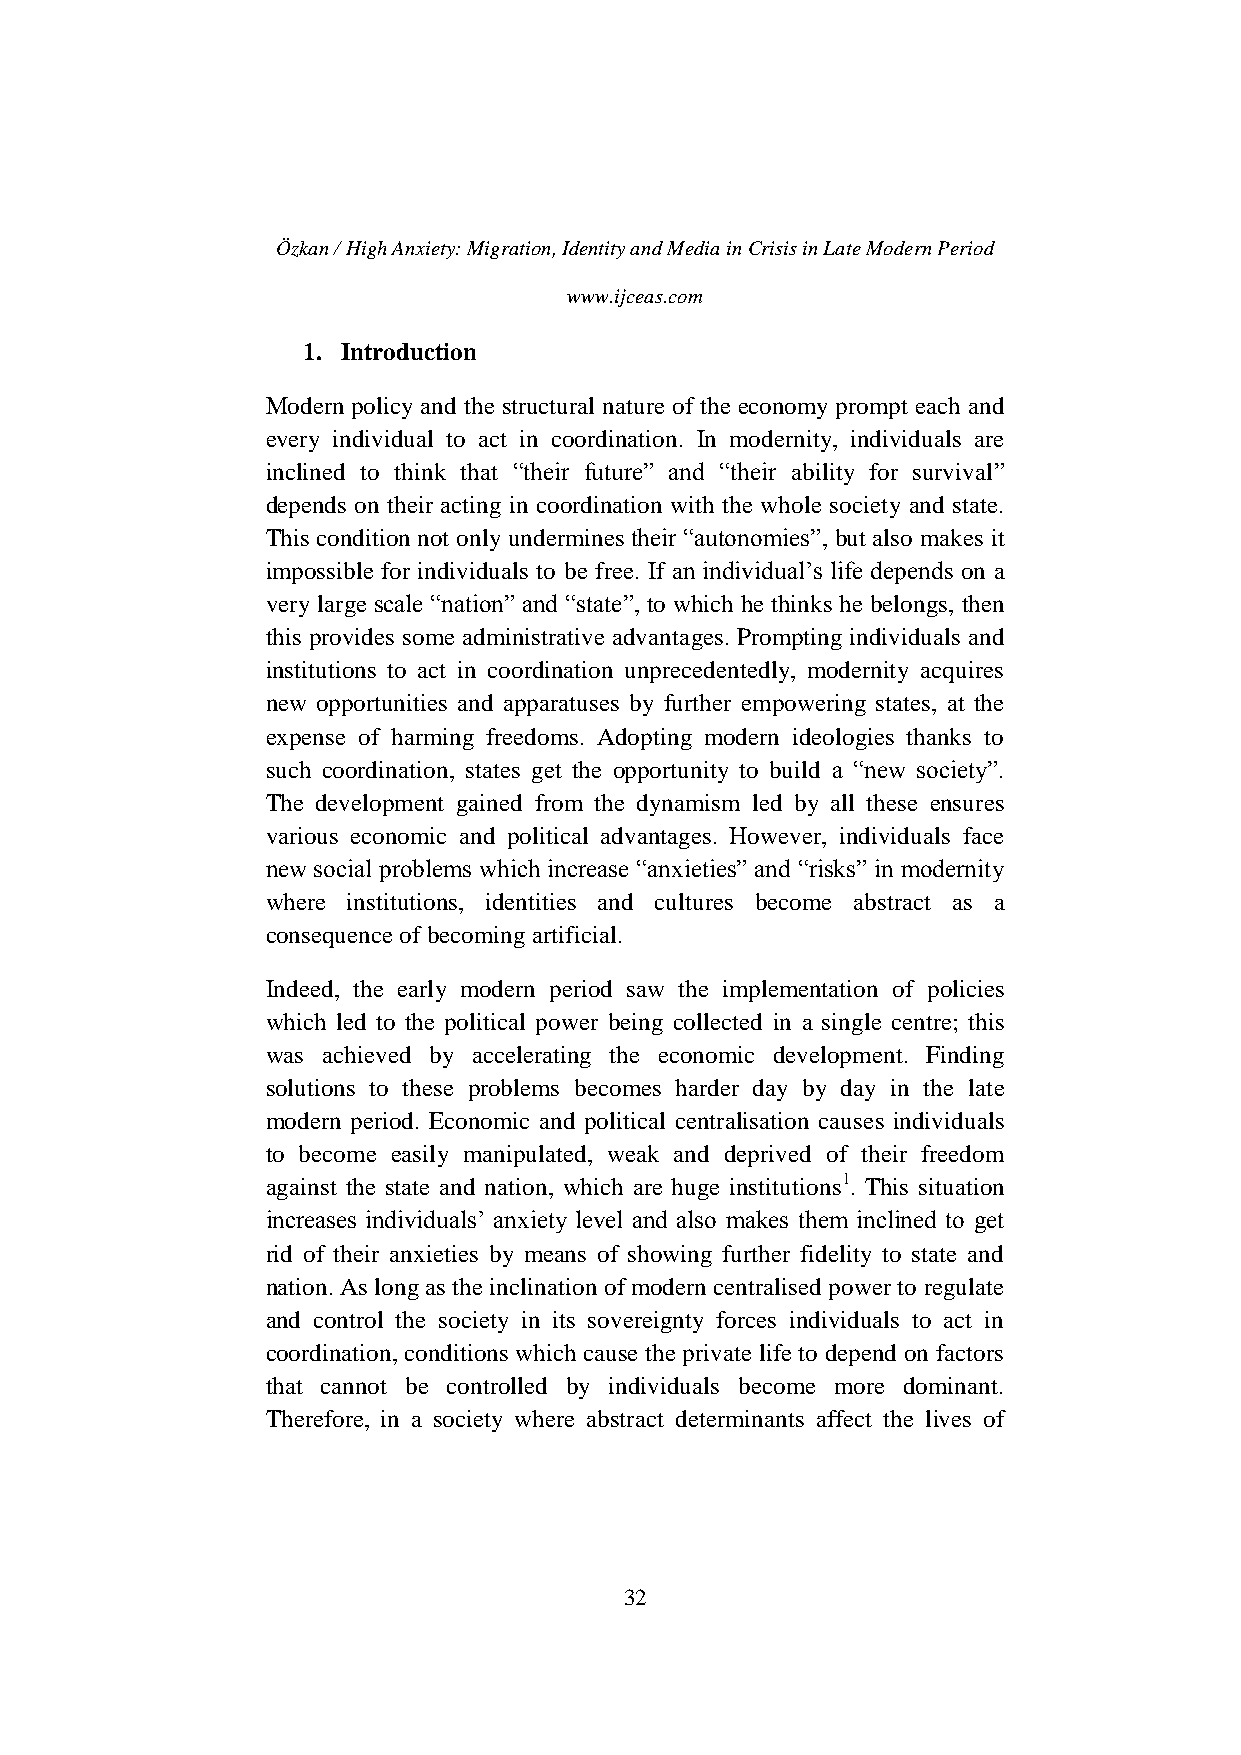
Özkan / High Anxiety: Migration, Identity and Media in Crisis in Late Modern Period
 www.ijceas.com
 1. Introduction
 Modern policy and the structural nature of the economy prompt each and
 every individual to act in coordination. In modernity, individuals are
 inclined to think that “their future” and “their ability for survival”
 depends on their acting in coordination with the whole society and state.
 This condition not only undermines their “autonomies”, but also makes it
 impossible for individuals to be free. If an individual’s life depends on a
 very large scale “nation” and “state”, to which he thinks he belongs, then
 this provides some administrative advantages. Prompting individuals and
 institutions to act in coordination unprecedentedly, modernity acquires
 new opportunities and apparatuses by further empowering states, at the
 expense of harming freedoms. Adopting modern ideologies thanks to
 such coordination, states get the opportunity to build a “new society”.
 The development gained from the dynamism led by all these ensures
 various economic and political advantages. However, individuals face
 new social problems which increase “anxieties” and “risks” in modernity
 where institutions, identities and cultures become abstract as a
 consequence of becoming artificial.
 Indeed, the early modern period saw the implementation of policies
 which led to the political power being collected in a single centre; this
 was achieved by accelerating the economic development. Finding
 solutions to these problems becomes harder day by day in the late
 modern period. Economic and political centralisation causes individuals
 to become easily manipulated, weak and deprived of their freedom
 against the state and nation, which are huge institutions1. This situation
 increases individuals’ anxiety level and also makes them inclined to get
 rid of their anxieties by means of showing further fidelity to state and
 nation. As long as the inclination of modern centralised power to regulate
 and control the society in its sovereignty forces individuals to act in
 coordination, conditions which cause the private life to depend on factors
 that cannot be controlled by individuals become more dominant.
 Therefore, in a society where abstract determinants affect the lives of
 32